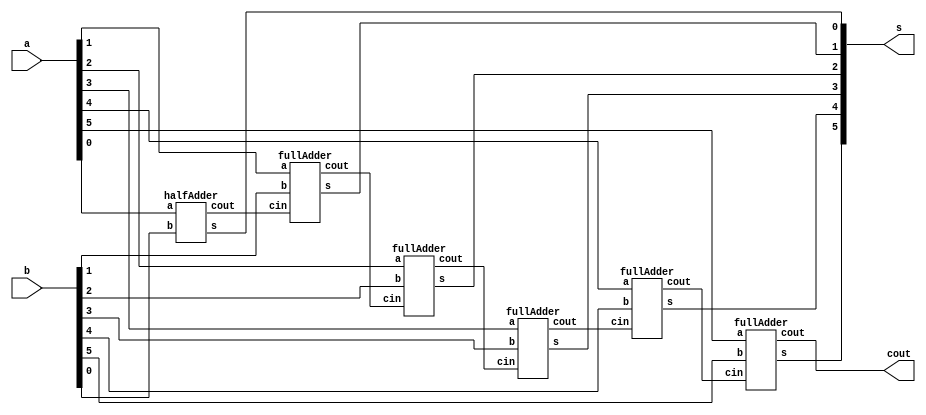

// ------------------------- 
// Exemplo0031
// Nome: Luiz Marques de Oliveira 
// ------------------------- 


module Ex_01(cout, s, a, b);

	output[5:0] s;
	output cout;
	input[5:0] a, b;
	wire alu1, alu2, alu3,alu4,alu5;

	halfAdder HALFADDER1(alu1, s[0], a[0], b[0]);
	fullAdder FULLADDER1(alu2, s[1], alu1, a[1], b[1]);
	fullAdder FULLADDER2(alu3, s[2], alu2, a[2], b[2]);
	fullAdder FULLADDER3(alu4, s[3], alu3, a[3], b[3]);
	fullAdder FULLADDER4(alu5, s[4], alu4, a[4], b[4]);
	fullAdder FULLADDER5(cout, s[5], alu5, a[5], b[5]);
	
endmodule// fim eEx_01

module fullAdder(cout, s, cin, a, b);
	output cout, s;
	input cin, a, b;
	wire alu1, alu2, alu3;
	halfAdder HALFADDER1(alu2, alu1, a, b);
	halfAdder HALFADDER2(alu3, s, alu1, cin);
	or OR1(cout, alu3, alu2);
endmodule // fim full adder

module halfAdder(cout, s, a, b);
	output cout, s;
	input a, b;
	xor XOR1(s, a, b);
	and AND1(cout, a, b);
endmodule //fim half adder 

module testeEx_01;
	reg[5:0] a, b;
	wire[5:0] s;
	wire cout;
	
	Ex_01 FULL(cout, s, a, b);
	
	initial begin
	
	a=101101;
	b=010010;
	
	$display("Exercicio 01 - Luiz Marques de oliveira - 417138");
	$display("Circuito Soma e Subtrao");
	#1 $display(" %b +- %b = %b  %b",a,b,s,cout);
   a=111101;
	b=000110;
	#1 $display(" %b +- %b = %b  %b",a,b,s,cout);
   a=100001;
	b=010011;
	#1 $display(" %b +- %b = %b  %b",a,b,s,cout);
		
	end
	endmodule//